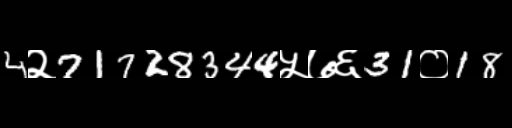
Text: 4२71728344५७६31०18